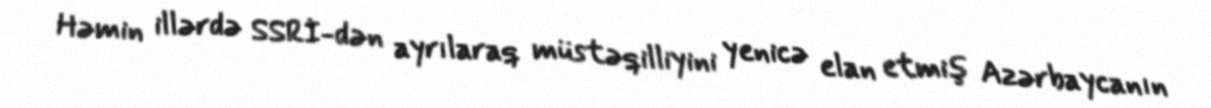
Həmin illərdə SSRİ-dən ayrılaraq müstəqilliyini yenicə elan etmiş Azərbaycanın